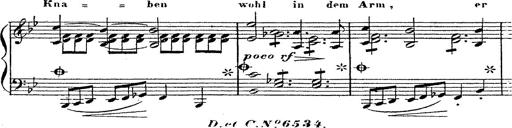
Title: 12 Lieder von Franz Schubert
Composer: Franz Liszt